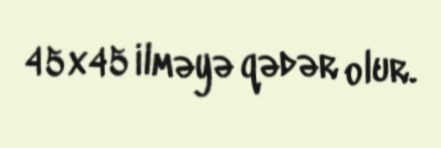
45x45 ilməyə qədər olur.